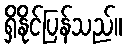
ရှိနိုင်ပြန်သည်။